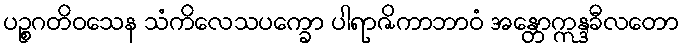
ပဉ္စဂတိဝသေန သံကိလေသပက္ခော ပါရာဇိကာဘာဝံ အန္တောဣန္ဒခီလတော